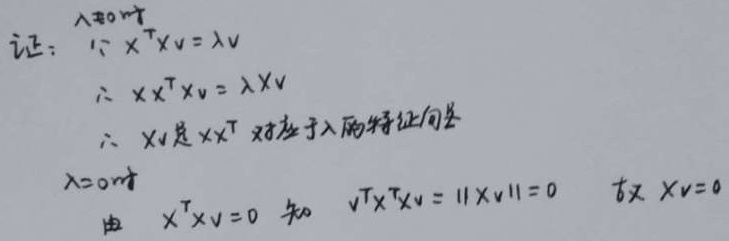
证：当\(\lambda\neq0\)时
\[
\begin{align*}
&\because X^{T}Xv = \lambda v\\
&\therefore XX^{T}Xv=\lambda Xv\\
&\therefore Xv\text{是}XX^{T}\text{对应于}\lambda\text{的特征向量}
\end{align*}
\]
当\(\lambda = 0\)时，由 \(X^{T}Xv = 0\) 知 \(v^{T}X^{T}Xv=\lVert Xv\rVert^{2}=0\)，故 \(Xv = 0\)